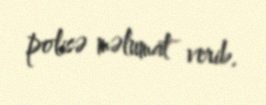
polisə məlumat verib.